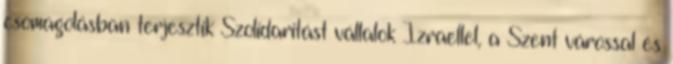
csomagolásban terjesztik Szolidaritást vállalok Izraellel, a Szent várossal és